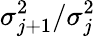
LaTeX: \sigma_{j+1}^{2}/\sigma_{j}^{2}